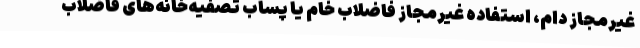
غیرمجاز دام، استفاده غیرمجاز فاضلاب خام یا پساب تصفیه‌خانه‌های فاضلاب